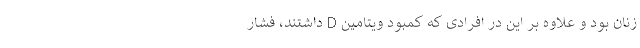
زنان بود و علاوه بر این در افرادی که کمبود ویتامین D داشتند، فشار